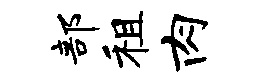
部租肉